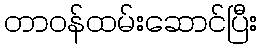
တာဝန်ထမ်းဆောင်ပြီး